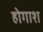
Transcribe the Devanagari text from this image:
होगाश